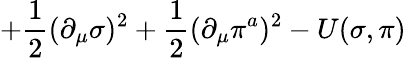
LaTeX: +\frac{1}{2}(\partial_{\mu}\sigma)^{2}+\frac{1}{2}(\partial_{\mu}\pi^{a})^{2}-U(\sigma,\pi)